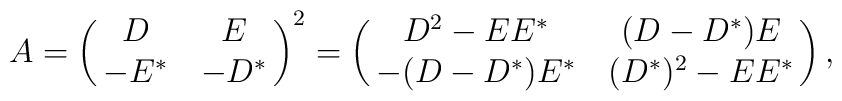
A=\pmatrix{D&E\cr -E^{\ast}&-D^{\ast}}^2= \pmatrix{D^2-EE^{\ast}&(D-D^{\ast})E\cr-(D-D^{\ast})E^{\ast}&(D^{\ast})^2-EE^{\ast}},